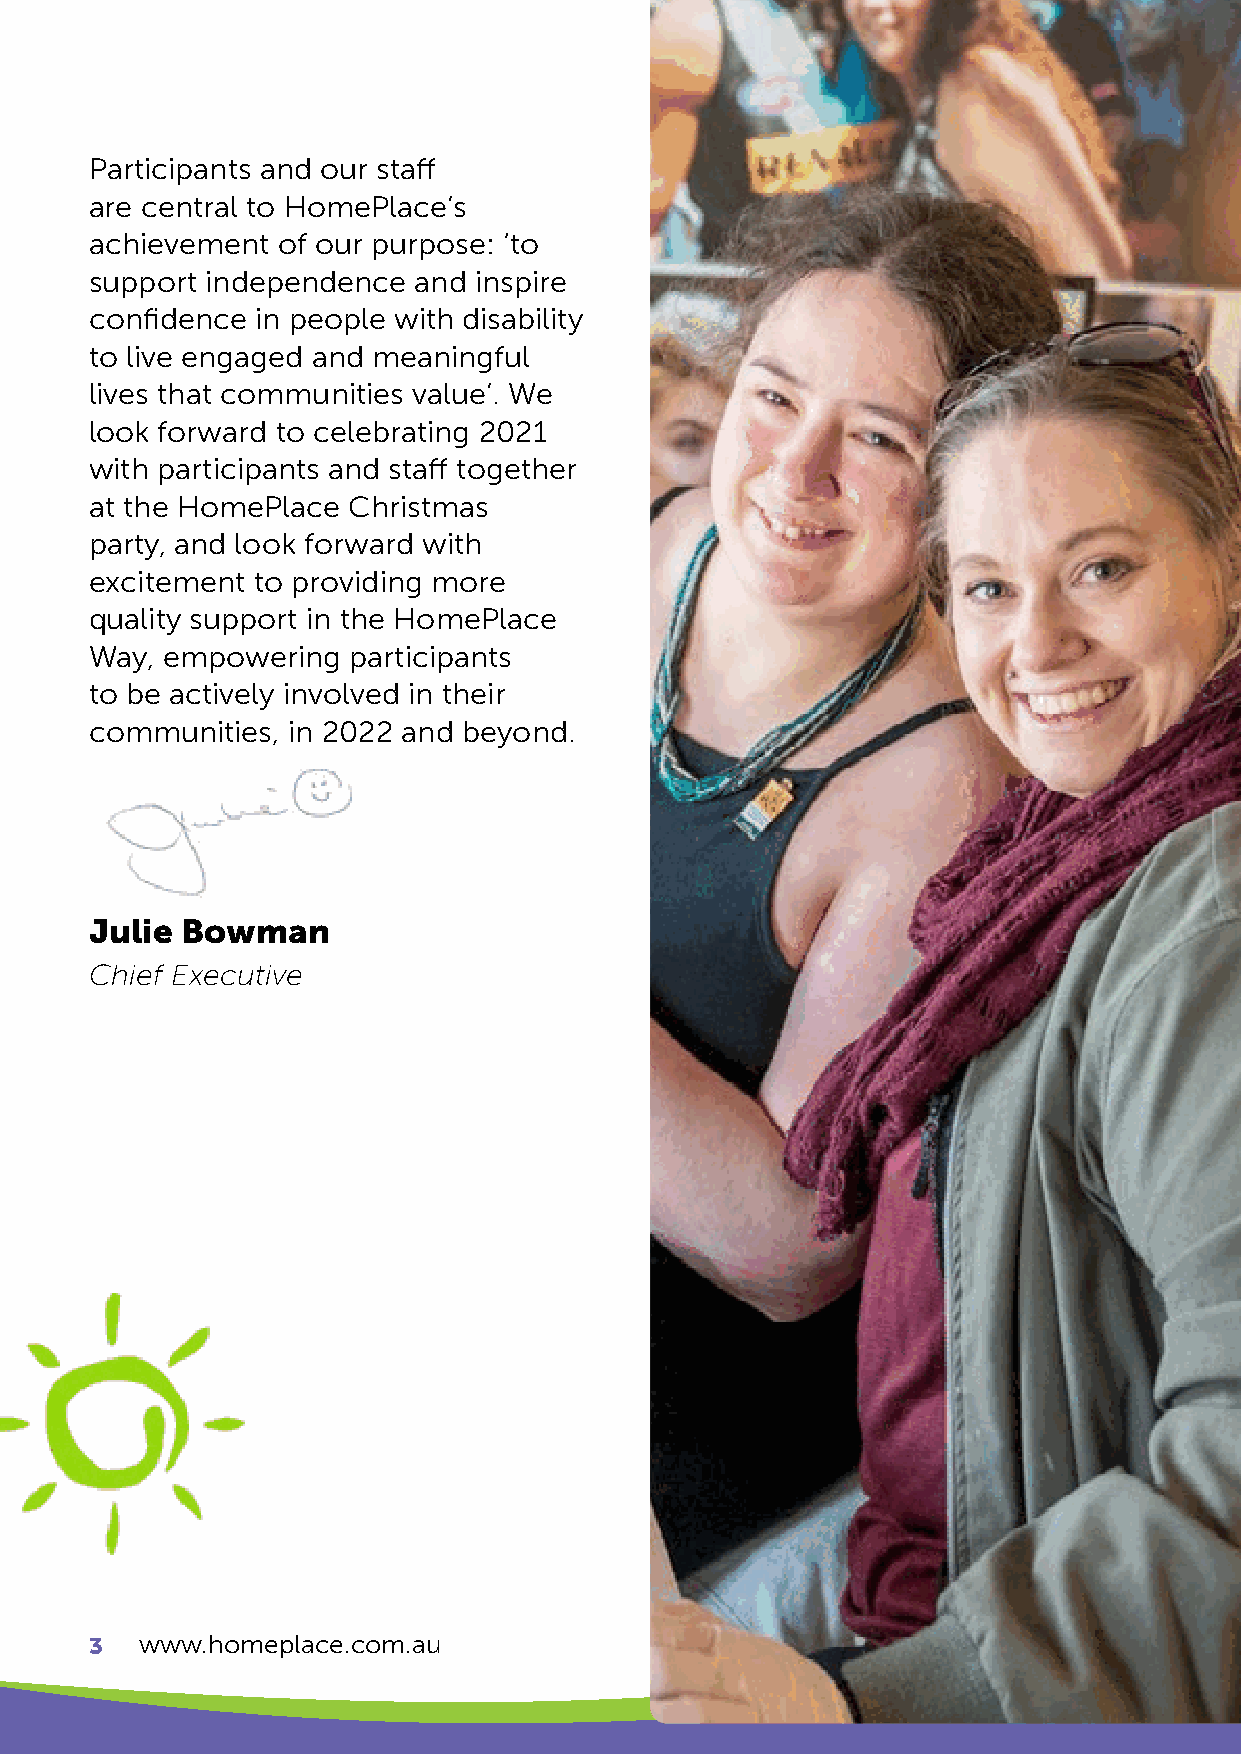
Participants and our staff
 are central to HomePlace’s
 achievement of our purpose: ‘to
 support independence and inspire
 confidence in people with disability
 to live engaged and meaningful
 lives that communities value’. We
 look forward to celebrating 2021
 with participants and staff together
 at the HomePlace Christmas
 party, and look forward with
 excitement to providing more
 quality support in the HomePlace
 Way, empowering  participants
 to be actively involved in their
 communities, in 2022 and beyond.
 Julie Bowman
 Chief Executive
 3  www.homeplace.com.au